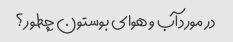
در مورد آب و هوای بوستون چطور؟